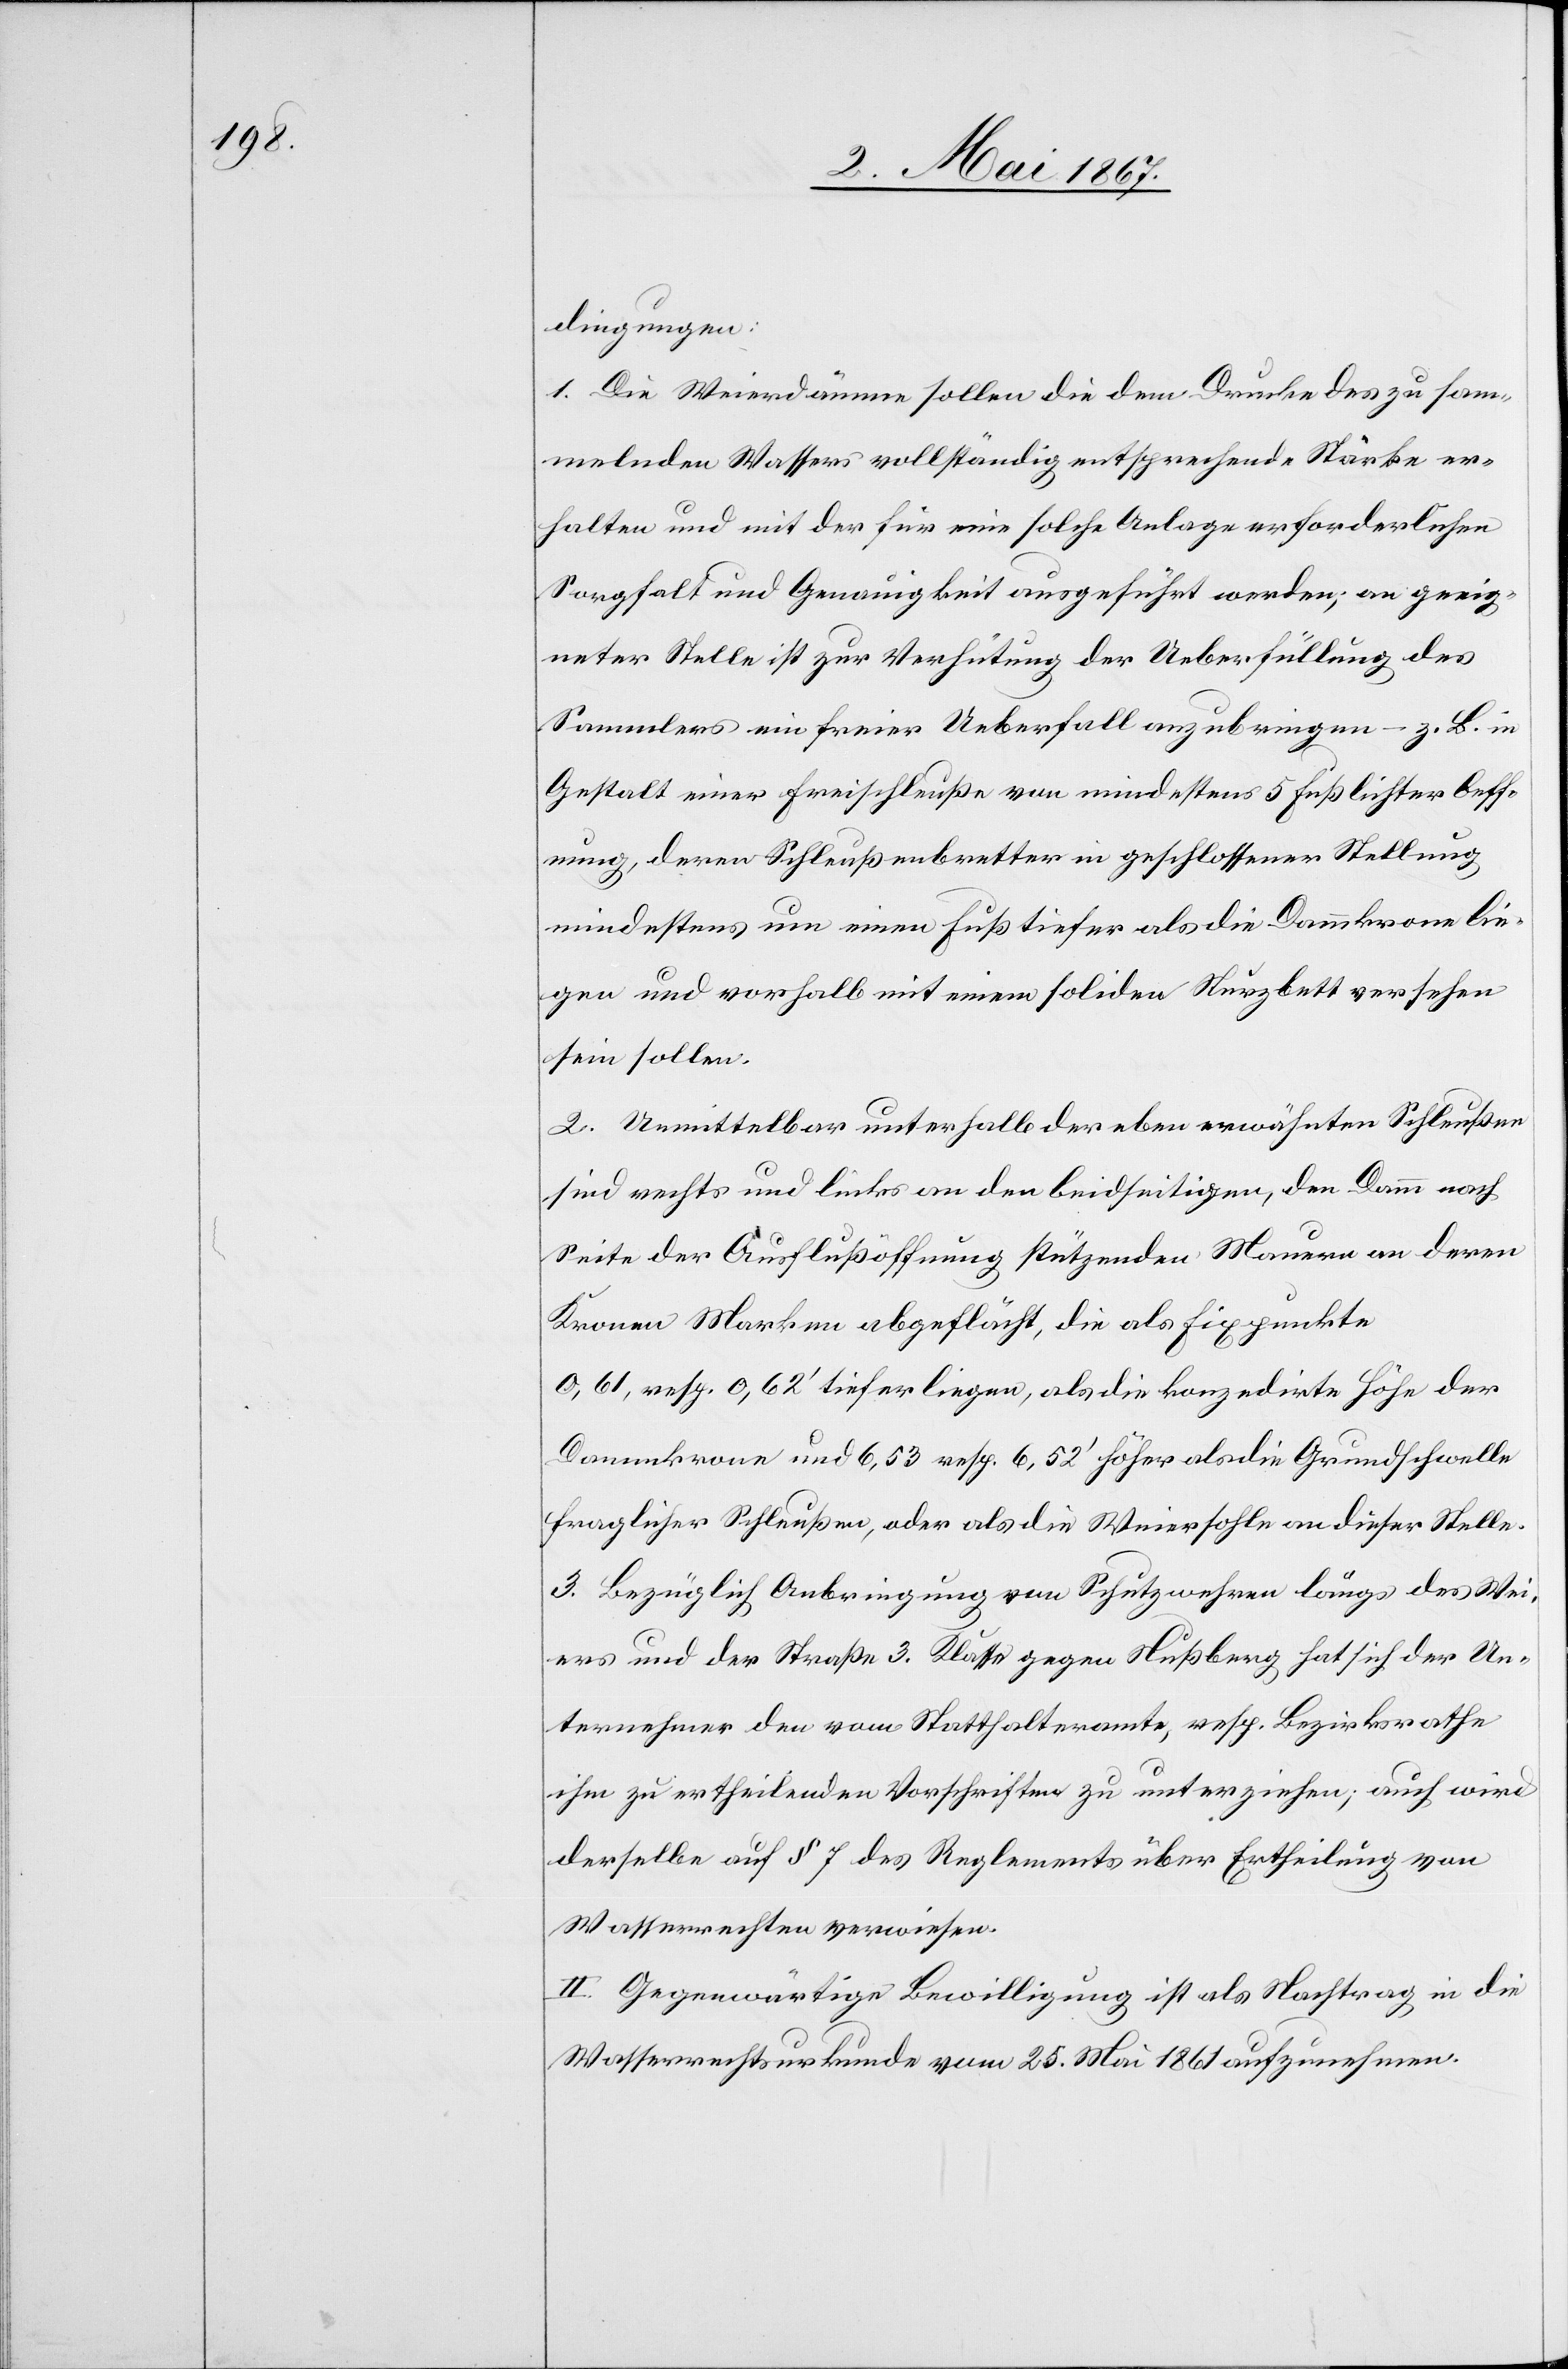
dingungen:
1. Die Weierdämme sollen die dem Drucke des zu sam¬
melnden Wassers vollständig entsprechende Stärke er¬
halten und mit der für eine solche Anlage erforderlichen
Sorgfalt und Genauigkeit ausgeführt werden; an geeig¬
neter Stelle ist zur Verhütung der Ueberfüllung des
Sammlers ein freier Ueberfall anzubringen – z. B. in
Gestalt einer Freischleuße von mindestens 5 Fuß lichter Oeff¬
nung, deren Schleußenbretter in geschlossener Stellung
mindestens um einen Fuß tiefer als die Dammkrone lie¬
gen und vorhalb mit einem soliden Sturzbett versehen
sein sollen.
2. Unmittelbar unterhalb der eben erwähnten Schleußen
sind rechts und links an den beidseitigen, den Damm nach
Seite der Ausflußöffnung stützenden Mauern an deren
Kronen Marken abgeflächt, die als Fixpunkte
0, 61, resp. 0, 62’ tiefer liegen, als die konzedirte Höhe der
Dammkrone und 6, 53 resp. 6, 52’ höher als die Grundschwelle
fraglicher Schleußen, oder als die Weiersohle an dieser Stelle.
3. Bezüglich Anbringung von Schutzwehren längs des Wei¬
ers und der Straße 3. Klasse gegen Nußberg hat sich der Un¬
ternehmer den vom Statthalteramte, resp. Bezirksrathe
ihm zu ertheilenden Vorschriften zu unterziehen; auch wird
derselbe auf § 7 des Reglements über Ertheilung von
Wasserrechten verwiesen.
II. Gegenwärtige Bewilligung ist als Nachtrag in die
Wasserrechtsurkunde vom 25. Mai 1861 aufzunehmen.